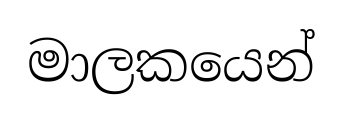
මාලකයෙන්